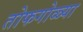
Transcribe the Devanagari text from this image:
तोफगोळ्या